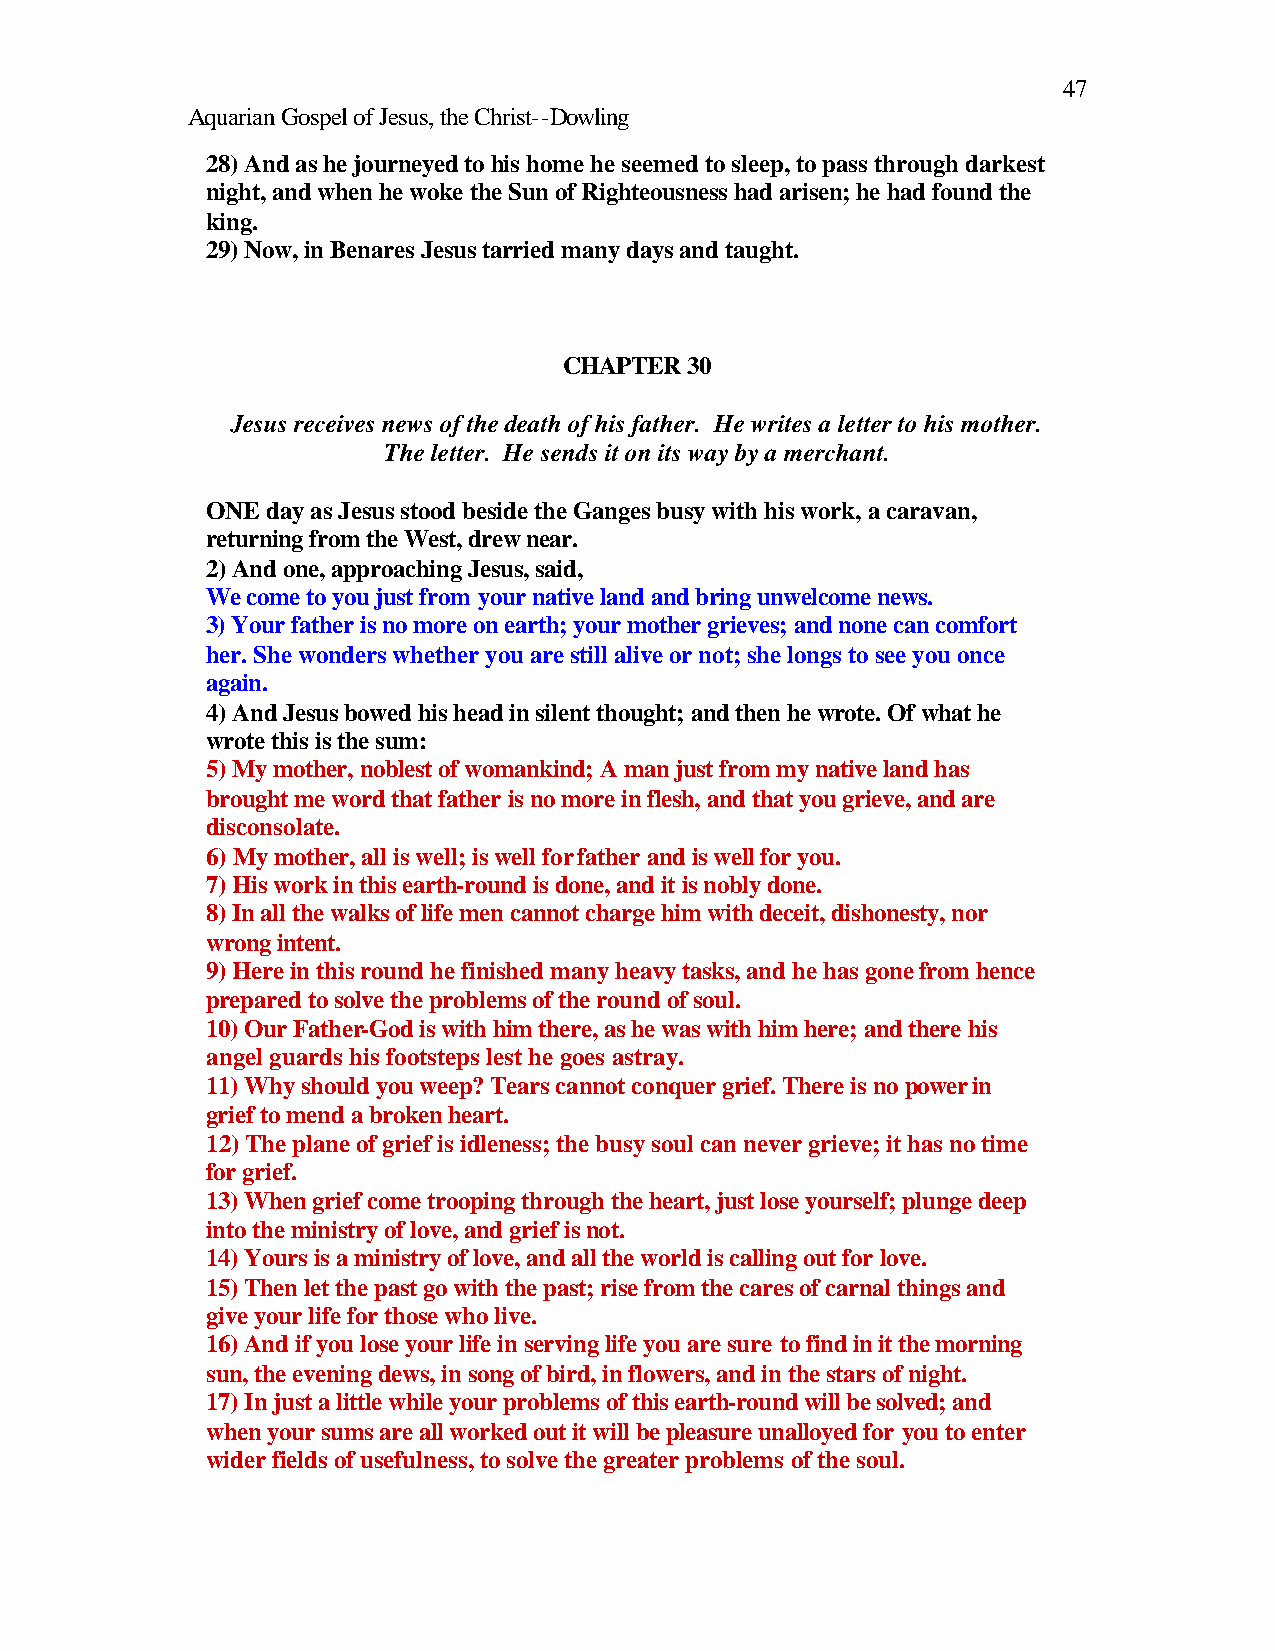
47
 Aquarian Gospel of Jesus, the Christ--Dowling
 28) And as he journeyed to his home he seemed to sleep, to pass through darkest
 night, and when he woke the Sun of Righteousness had arisen; he had found the
 king.
 29) Now, in Benares Jesus tarried many days and taught.
 CHAPTER 30
 Jesus receives news of the death of his father. He writes a letter to his mother.
 The letter. He sends it on its way by a merchant.
 ONE day as Jesus stood beside the Ganges busy with his work, a caravan,
 returning from the West, drew near.
 2) And one, approaching Jesus, said,
 We come to you just from your native land and bring unwelcome news.
 3) Your father is no more on earth; your mother grieves; and none can comfort
 her. She wonders whether you are still alive or not; she longs to see you once
 again.
 4) And Jesus bowed his head in silent thought; and then he wrote. Of what he
 wrote this is the sum:
 5) My mother, noblest of womankind; A man just from my native land has
 brought me word that father is no more in flesh, and that you grieve, and are
 disconsolate.
 6) My mother, all is well; is well for father and is well for you.
 7) His work in this earth-round is done, and it is nobly done.
 8) In all the walks of life men cannot charge him with deceit, dishonesty, nor
 wrong intent.
 9) Here in this round he finished many heavy tasks, and he has gone from hence
 prepared to solve the problems of the round of soul.
 10) Our Father-God is with him there, as he was with him here; and there his
 angel guards his footsteps lest he goes astray.
 11) Why should you weep? Tears cannot conquer grief. There is no power in
 grief to mend a broken heart.
 12) The plane of grief is idleness; the busy soul can never grieve; it has no time
 for grief.
 13) When grief come trooping through the heart, just lose yourself; plunge deep
 into the ministry of love, and grief is not.
 14) Yours is a ministry of love, and all the world is calling out for love.
 15) Then let the past go with the past; rise from the cares of carnal things and
 give your life for those who live.
 16) And if you lose your life in serving life you are sure to find in it the morning
 sun, the evening dews, in song of bird, in flowers, and in the stars of night.
 17) In just a little while your problems of this earth-round will be solved; and
 when your sums are all worked out it will be pleasure unalloyed for you to enter
 wider fields of usefulness, to solve the greater problems of the soul.